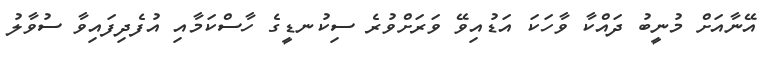
އޭނާއަށް މުނީބު ދައްކާ ވާހަކަ އަޑުއިވޭ ވަރަށްވުރެ ސިކުނޑީގެ ހާސްކަމާއި އުފެދިފައިވާ ސުވާލު